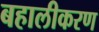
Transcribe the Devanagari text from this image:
बहालीकरण